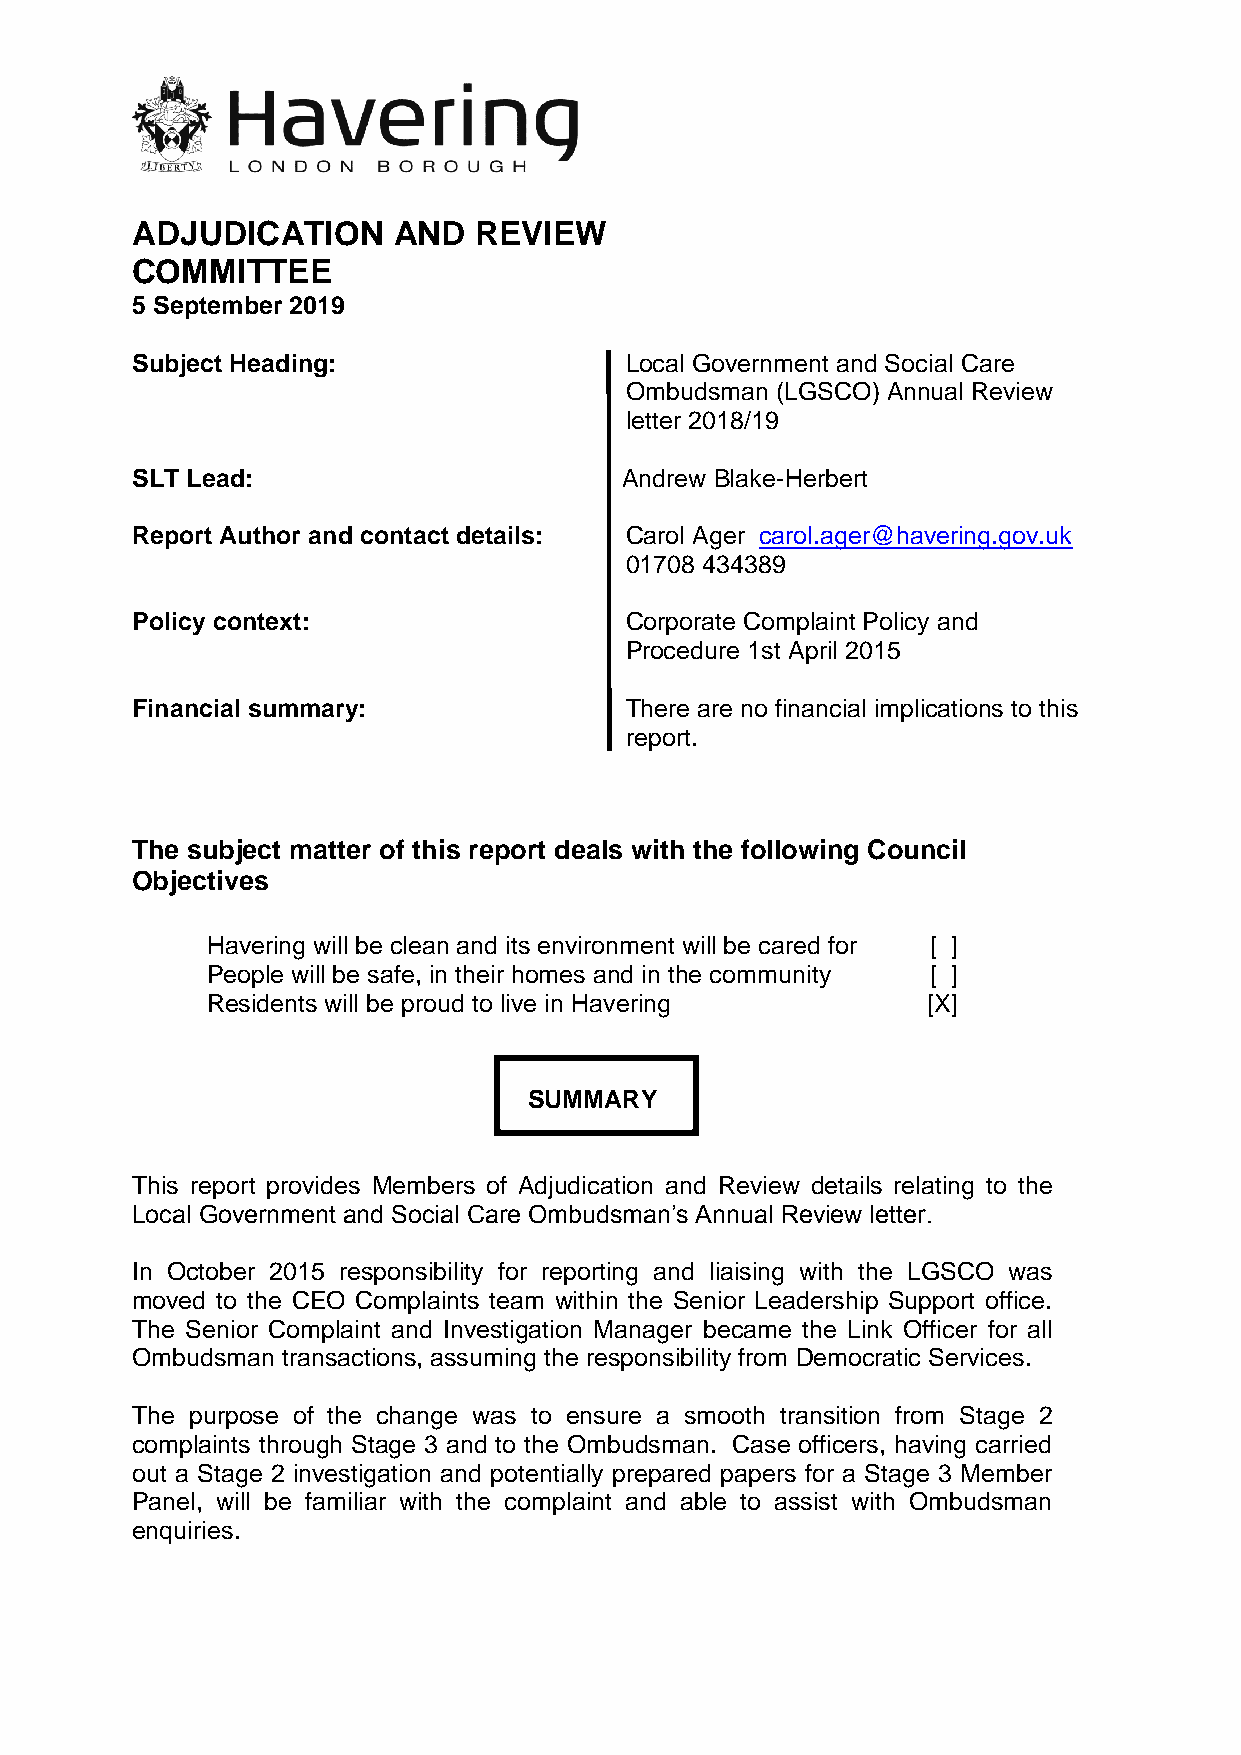
ADJUDICATION     AND  REVIEW
 COMMITTEE
 5 September 2019
 Subject Heading:                Local Government and Social Care
 Ombudsman (LGSCO) Annual Review
 letter 2018/19
 SLT Lead:                       Andrew Blake-Herbert
 Report Author and contact details: Carol Ager carol.ager@havering.gov.uk
 01708 434389
 Policy context:                 Corporate Complaint Policy and
 Procedure 1st April 2015
 Financial summary:              There are no financial implications to this
 report.
 The subject matter of this report deals with the following Council
 Objectives
 Havering will be clean and its environment will be cared for [ ]
 People will be safe, in their homes and in the community [ ]
 Residents will be proud to live in Havering    [X]
 SUMMARY
 This report provides Members of Adjudication and Review details relating to the
 Local Government and Social Care Ombudsman’s Annual Review letter.
 In October 2015 responsibility for reporting and liaising with the LGSCO was
 moved to the CEO Complaints team within the Senior Leadership Support office.
 The Senior Complaint and Investigation Manager became the Link Officer for all
 Ombudsman transactions, assuming the responsibility from Democratic Services.
 The purpose of the change was to ensure a smooth transition from Stage 2
 complaints through Stage 3 and to the Ombudsman. Case officers, having carried
 out a Stage 2 investigation and potentially prepared papers for a Stage 3 Member
 Panel, will be familiar with the complaint and able to assist with Ombudsman
 enquiries.